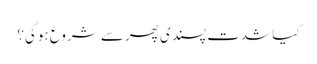
کیا شدت پسندی پھر سے شروع ہوگی؟